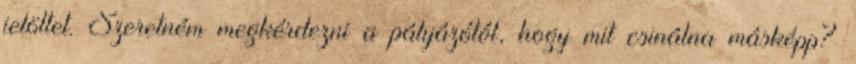
jelöltet. Szeretném megkérdezni a pályázótól, hogy mit csinálna másképp?